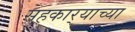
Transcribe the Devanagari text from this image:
सहकार्‍याच्या